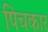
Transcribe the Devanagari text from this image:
पिचकार